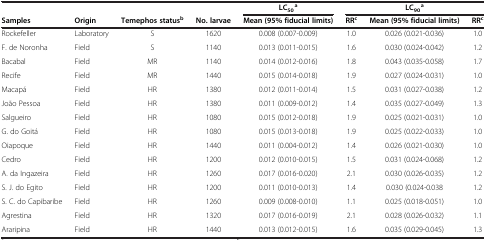
<table><thead><tr><td><b> </b></td><td><b> </b></td><td><b> </b></td><td><b> </b></td><td><b>LC<sub>50</sub><sup>a</sup></b></td><td colspan="3"><b>LC<sub>90</sub><sup>a</sup></b></td></tr><tr><td><b>Samples</b></td><td><b>Origin</b></td><td><b>Temephos status<sup>b</sup></b></td><td><b>No. larvae</b></td><td><b>Mean (95% fiducial limits)</b></td><td><b>RR<sup>c</sup></b></td><td><b>Mean (95% fiducial limits)</b></td><td><b>RR<sup>c</sup></b></td></tr></thead><tbody><tr><td>Rockefeller</td><td>Laboratory</td><td>S</td><td>1620</td><td>0.008 (0.007-0.009)</td><td>1.0</td><td>0.026 (0.021-0.036)</td><td>1.0</td></tr><tr><td>F. de Noronha</td><td>Field</td><td>S</td><td>1140</td><td>0.013 (0.011-0.015)</td><td>1.6</td><td>0.030 (0.024-0.042)</td><td>1.2</td></tr><tr><td>Bacabal</td><td>Field</td><td>MR</td><td>1140</td><td>0.014 (0.012-0.016)</td><td>1.8</td><td>0.043 (0.035-0.058)</td><td>1.7</td></tr><tr><td>Recife</td><td>Field</td><td>MR</td><td>1440</td><td>0.015 (0.014-0.018)</td><td>1.9</td><td>0.027 (0.024-0.031)</td><td>1.0</td></tr><tr><td>Macapá</td><td>Field</td><td>HR</td><td>1380</td><td>0.012 (0.011-0.014)</td><td>1.5</td><td>0.031 (0.027-0.038)</td><td>1.2</td></tr><tr><td>João Pessoa</td><td>Field</td><td>HR</td><td>1380</td><td>0.011 (0.009-0.012)</td><td>1.4</td><td>0.035 (0.027-0.049)</td><td>1.3</td></tr><tr><td>Salgueiro</td><td>Field</td><td>HR</td><td>1080</td><td>0.015 (0.012-0.018)</td><td>1.9</td><td>0.025 (0.021-0.031)</td><td>1.0</td></tr><tr><td>G. do Goitá</td><td>Field</td><td>HR</td><td>1080</td><td>0.015 (0.013-0.018)</td><td>1.9</td><td>0.025 (0.022-0.033)</td><td>1.0</td></tr><tr><td>Oiapoque</td><td>Field</td><td>HR</td><td>1440</td><td>0.011 (0.004-0.012)</td><td>1.4</td><td>0.026 (0.021-0.030)</td><td>1.0</td></tr><tr><td>Cedro</td><td>Field</td><td>HR</td><td>1200</td><td>0.012 (0.010-0.015)</td><td>1.5</td><td>0.031 (0.024-0.068)</td><td>1.2</td></tr><tr><td>A. da Ingazeira</td><td>Field</td><td>HR</td><td>1260</td><td>0.017 (0.016-0.020)</td><td>2.1</td><td>0.030 (0.026-0.035)</td><td>1.2</td></tr><tr><td>S. J. do Egito</td><td>Field</td><td>HR</td><td>1200</td><td>0.011 (0.010-0.013)</td><td>1.4</td><td>0.030 (0.024-0.038</td><td>1.2</td></tr><tr><td>S. C. do Capibaribe</td><td>Field</td><td>HR</td><td>1260</td><td>0.009 (0.008-0.010)</td><td>1.1</td><td>0.025 (0.018-0.051)</td><td>1.0</td></tr><tr><td>Agrestina</td><td>Field</td><td>HR</td><td>1320</td><td>0.017 (0.016-0.019)</td><td>2.1</td><td>0.028 (0.026-0.032)</td><td>1.1</td></tr><tr><td>Araripina</td><td>Field</td><td>HR</td><td>1440</td><td>0.013 (0.012-0.015)</td><td>1.6</td><td>0.035 (0.029-0.045)</td><td>1.3</td></tr></tbody></table>